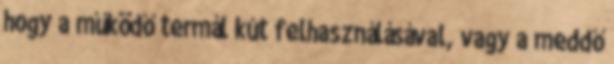
hogy a működő termál kút felhasználásával, vagy a meddő